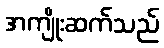
အကျိုးဆက်သည်